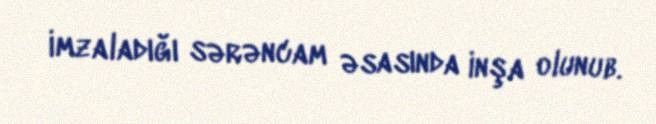
imzaladığı sərəncam əsasında inşa olunub.